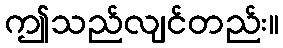
ဤသည်လျင်တည်း။